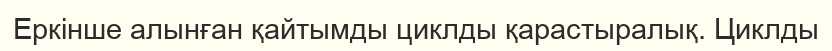
Еркінше алынған қайтымды циклды қарастыралық. Циклды